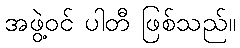
အဖွဲ့ဝင် ပါတီ ဖြစ်သည်။